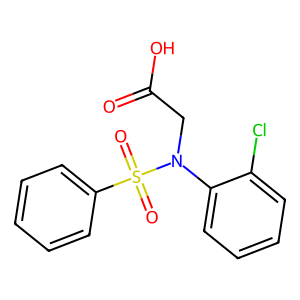
SMILES: O=C(O)CN(c1ccccc1Cl)S(=O)(=O)c1ccccc1
Inhibits HIV replication: No